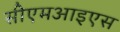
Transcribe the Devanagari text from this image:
सीएमआइएस